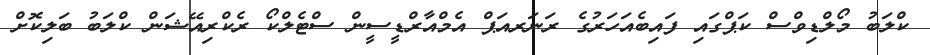
ކްލަބު މޯލްޑިވްސް ކަޕްގައި ފައިބެއަހަރުގެ ރަނަރއަޕް އެމްއާރްޑީސީން ސްޓެލްކޯ ރެކްރިއޭޝަން ކްލަބު ބަލިކޮށް